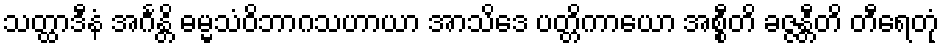
သတ္ထာဒီနံ အင်္ဂန္တိ ဓမ္မသံဝိဘာဂသဟာယာ အာသိဒေ ပတ္တိကာယော အစ္စီတိ ခဇ္ဇန္တီတိ တီရေတုံ